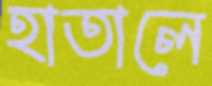
হাতালে